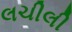
લચીલી